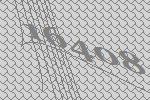
16408